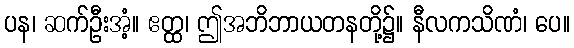
ပန၊ ဆက်ဦးအံ့။ ဧတ္ထ၊ ဤအဘိဘာယတနတို့၌။ နီလကသိဏံ၊ ပေ။